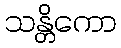
သန္တိကော